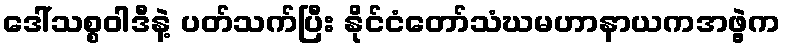
ဒေါ်သစ္စဝါဒီနဲ့ ပတ်သက်ပြီး နိုင်ငံတော်သံဃမဟာနာယကအဖွဲ့က